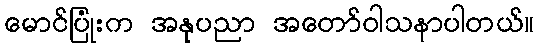
မောင်ပြုံးက အနုပညာ အတော်ဝါသနာပါတယ်။